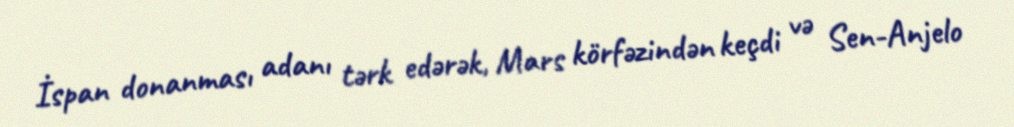
İspan donanması adanı tərk edərək, Mars körfəzindən keçdi və Sen-Anjelo